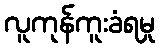
လူကုန်ကူးခံရမှု